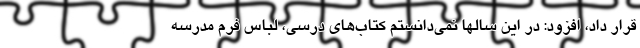
قرار داد، افزود: در این سالها نمی‌دانستم کتاب‌های درسی، لباس فرم مدرسه